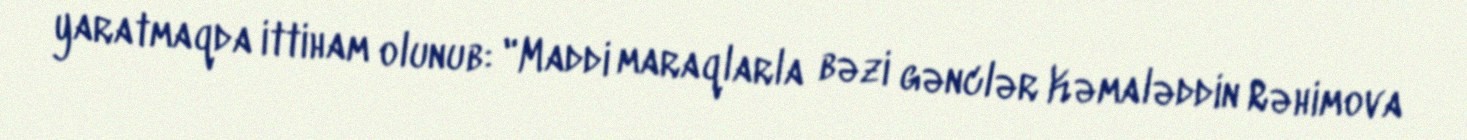
yaratmaqda ittiham olunub: "Maddi maraqlarla bəzi gənclər Kəmaləddin Rəhimova